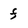
Character: f